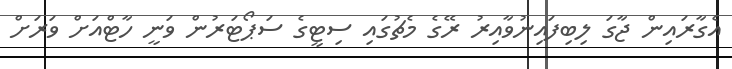
އެގާރައިން ޖާގަ ލިބިފައިނުވާއިރު ރޭގެ މެޗުގައި ސިޓީގެ ސަޕޯޓަރުން ވަނީ ހާޓްއަށް ވަރަށް